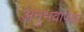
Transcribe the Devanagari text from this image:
अनुभवांपेक्षा